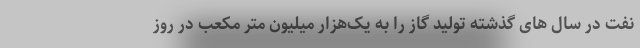
نفت در سال های گذشته تولید گاز را به یک‌هزار میلیون متر مکعب در روز